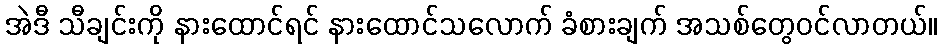
အဲဒီ သီချင်းကို နားထောင်ရင် နားထောင်သလောက် ခံစားချက် အသစ်တွေဝင်လာတယ်။